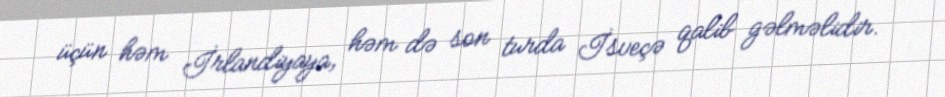
üçün həm İrlandiyaya, həm də son turda İsveçə qalib gəlməlidir.